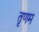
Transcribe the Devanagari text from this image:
तृणम